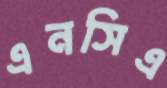
এনসিএ